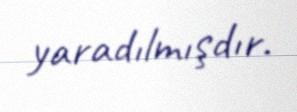
yaradılmışdır.